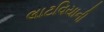
લાટવિયાની